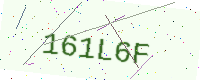
Text: 161L6F